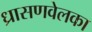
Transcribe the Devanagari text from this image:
ध्रासणवेलका